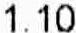
1.10